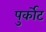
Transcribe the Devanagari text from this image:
पुर्कोट